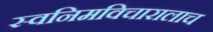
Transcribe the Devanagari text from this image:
स्वनिमविचारालाच